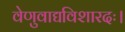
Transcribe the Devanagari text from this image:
वेणुवाद्यविशारदः।